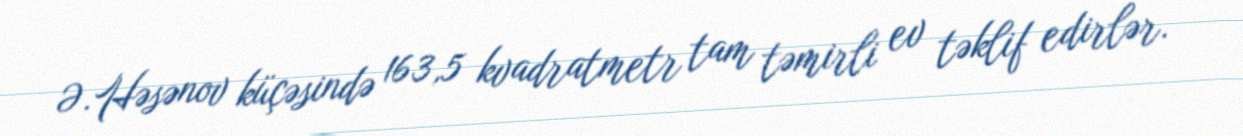
Ə.Həsənov küçəsində 163,5 kvadratmetr tam təmirli ev təklif edirlər.